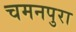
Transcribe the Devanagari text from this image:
चमनपुरा